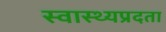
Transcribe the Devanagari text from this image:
स्वास्थ्यप्रदता